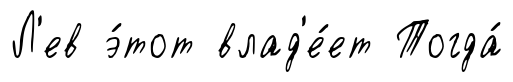
Л'ев э́тот влад'е́ет Тогда́